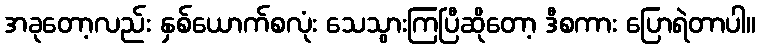
အခုတော့လည်း နှစ်ယောက်စလုံး သေသွားကြပြီဆိုတော့ ဒီစကား ပြောရဲတာပါ။